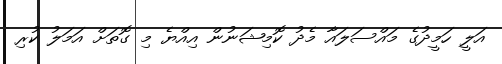
އަލީ ހަމީދުގެ މައްސަލައާ މެދު ކޮމިޝަނުން އިއްޔެ މި ގޮތަށް އަމަލު ކުރި